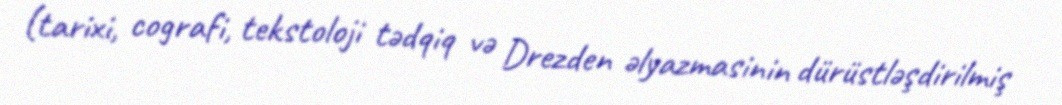
(tarixi, cografi, tekstoloji tədqiq və Drezden əlyazmasinin dürüstləşdirilmiş